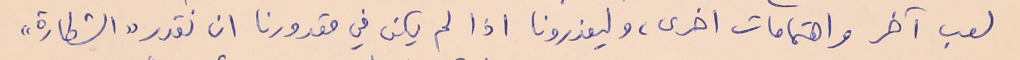
لعب آخر واهتمامات اخرى، وليعذرونا اذا لم يكن في مقدورنا ان نقدر "الشطارة"